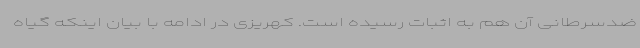
ضدسرطانی آن هم به اثبات رسیده است. کهریزی در ادامه با بیان اینکه گیاه